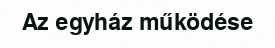
Az egyház működése